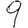
Digit: 9